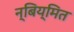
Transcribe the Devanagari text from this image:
न्बिय्मित